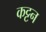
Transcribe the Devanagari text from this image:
कट्टन